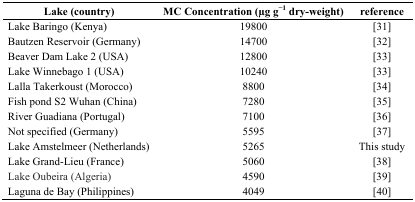
<table><thead><tr><td><b>Lake (country)</b></td><td><b>MC Concentration (μg g<sup>−1</sup> dry-weight)</b></td><td><b>reference</b></td></tr></thead><tbody><tr><td>Lake Baringo (Kenya)</td><td>19800</td><td>[31]</td></tr><tr><td>Bautzen Reservoir (Germany)</td><td>14700</td><td>[32]</td></tr><tr><td>Beaver Dam Lake 2 (USA)</td><td>12800</td><td>[33]</td></tr><tr><td>Lake Winnebago 1 (USA)</td><td>10240</td><td>[33]</td></tr><tr><td>Lalla Takerkoust (Morocco)</td><td>8800</td><td>[34]</td></tr><tr><td>Fish pond S2 Wuhan (China)</td><td>7280</td><td>[35]</td></tr><tr><td>River Guadiana (Portugal)</td><td>7100</td><td>[36]</td></tr><tr><td>Not specified (Germany)</td><td>5595</td><td>[37]</td></tr><tr><td>Lake Amstelmeer (Netherlands)</td><td>5265</td><td>This study</td></tr><tr><td>Lake Grand-Lieu (France)</td><td>5060</td><td>[38]</td></tr><tr><td>Lake Oubeira (Algeria)</td><td>4590</td><td>[39]</td></tr><tr><td>Laguna de Bay (Philippines)</td><td>4049</td><td>[40]</td></tr></tbody></table>